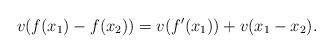
LaTeX: \begin{align*}v(f(x_1)-f(x_2))=v(f'(x_1))+v(x_1-x_2).\end{align*}